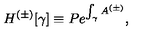
H ^ { ( \pm ) } [ \gamma ] \equiv P e ^ { \int _ { \gamma } A ^ { ( \pm ) } } ,